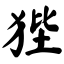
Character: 狴